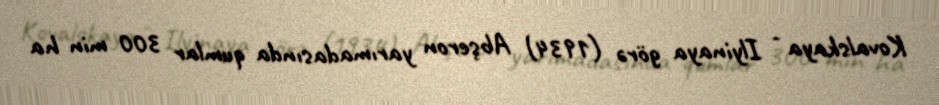
Kovalskaya - Ilyinaya görə (1934) Abşeron yarımadasında qumlar 300 min ha